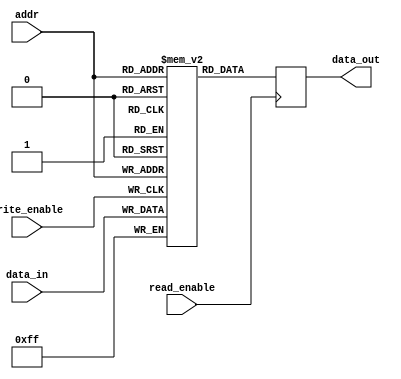
module MemoryBlocksShadowReg (
    input wire [7:0] addr,
    input wire [7:0] data_in,
    input wire write_enable,
    input wire read_enable,
    output reg [7:0] data_out
);

reg [7:0] memory_block [0:255];
reg [7:0] shadow_reg [0:255];

always @ (posedge write_enable)
begin
    memory_block[addr] <= data_in;
    shadow_reg[addr] <= data_in;
end

always @ (posedge read_enable)
begin
    data_out <= shadow_reg[addr];
end

endmodule